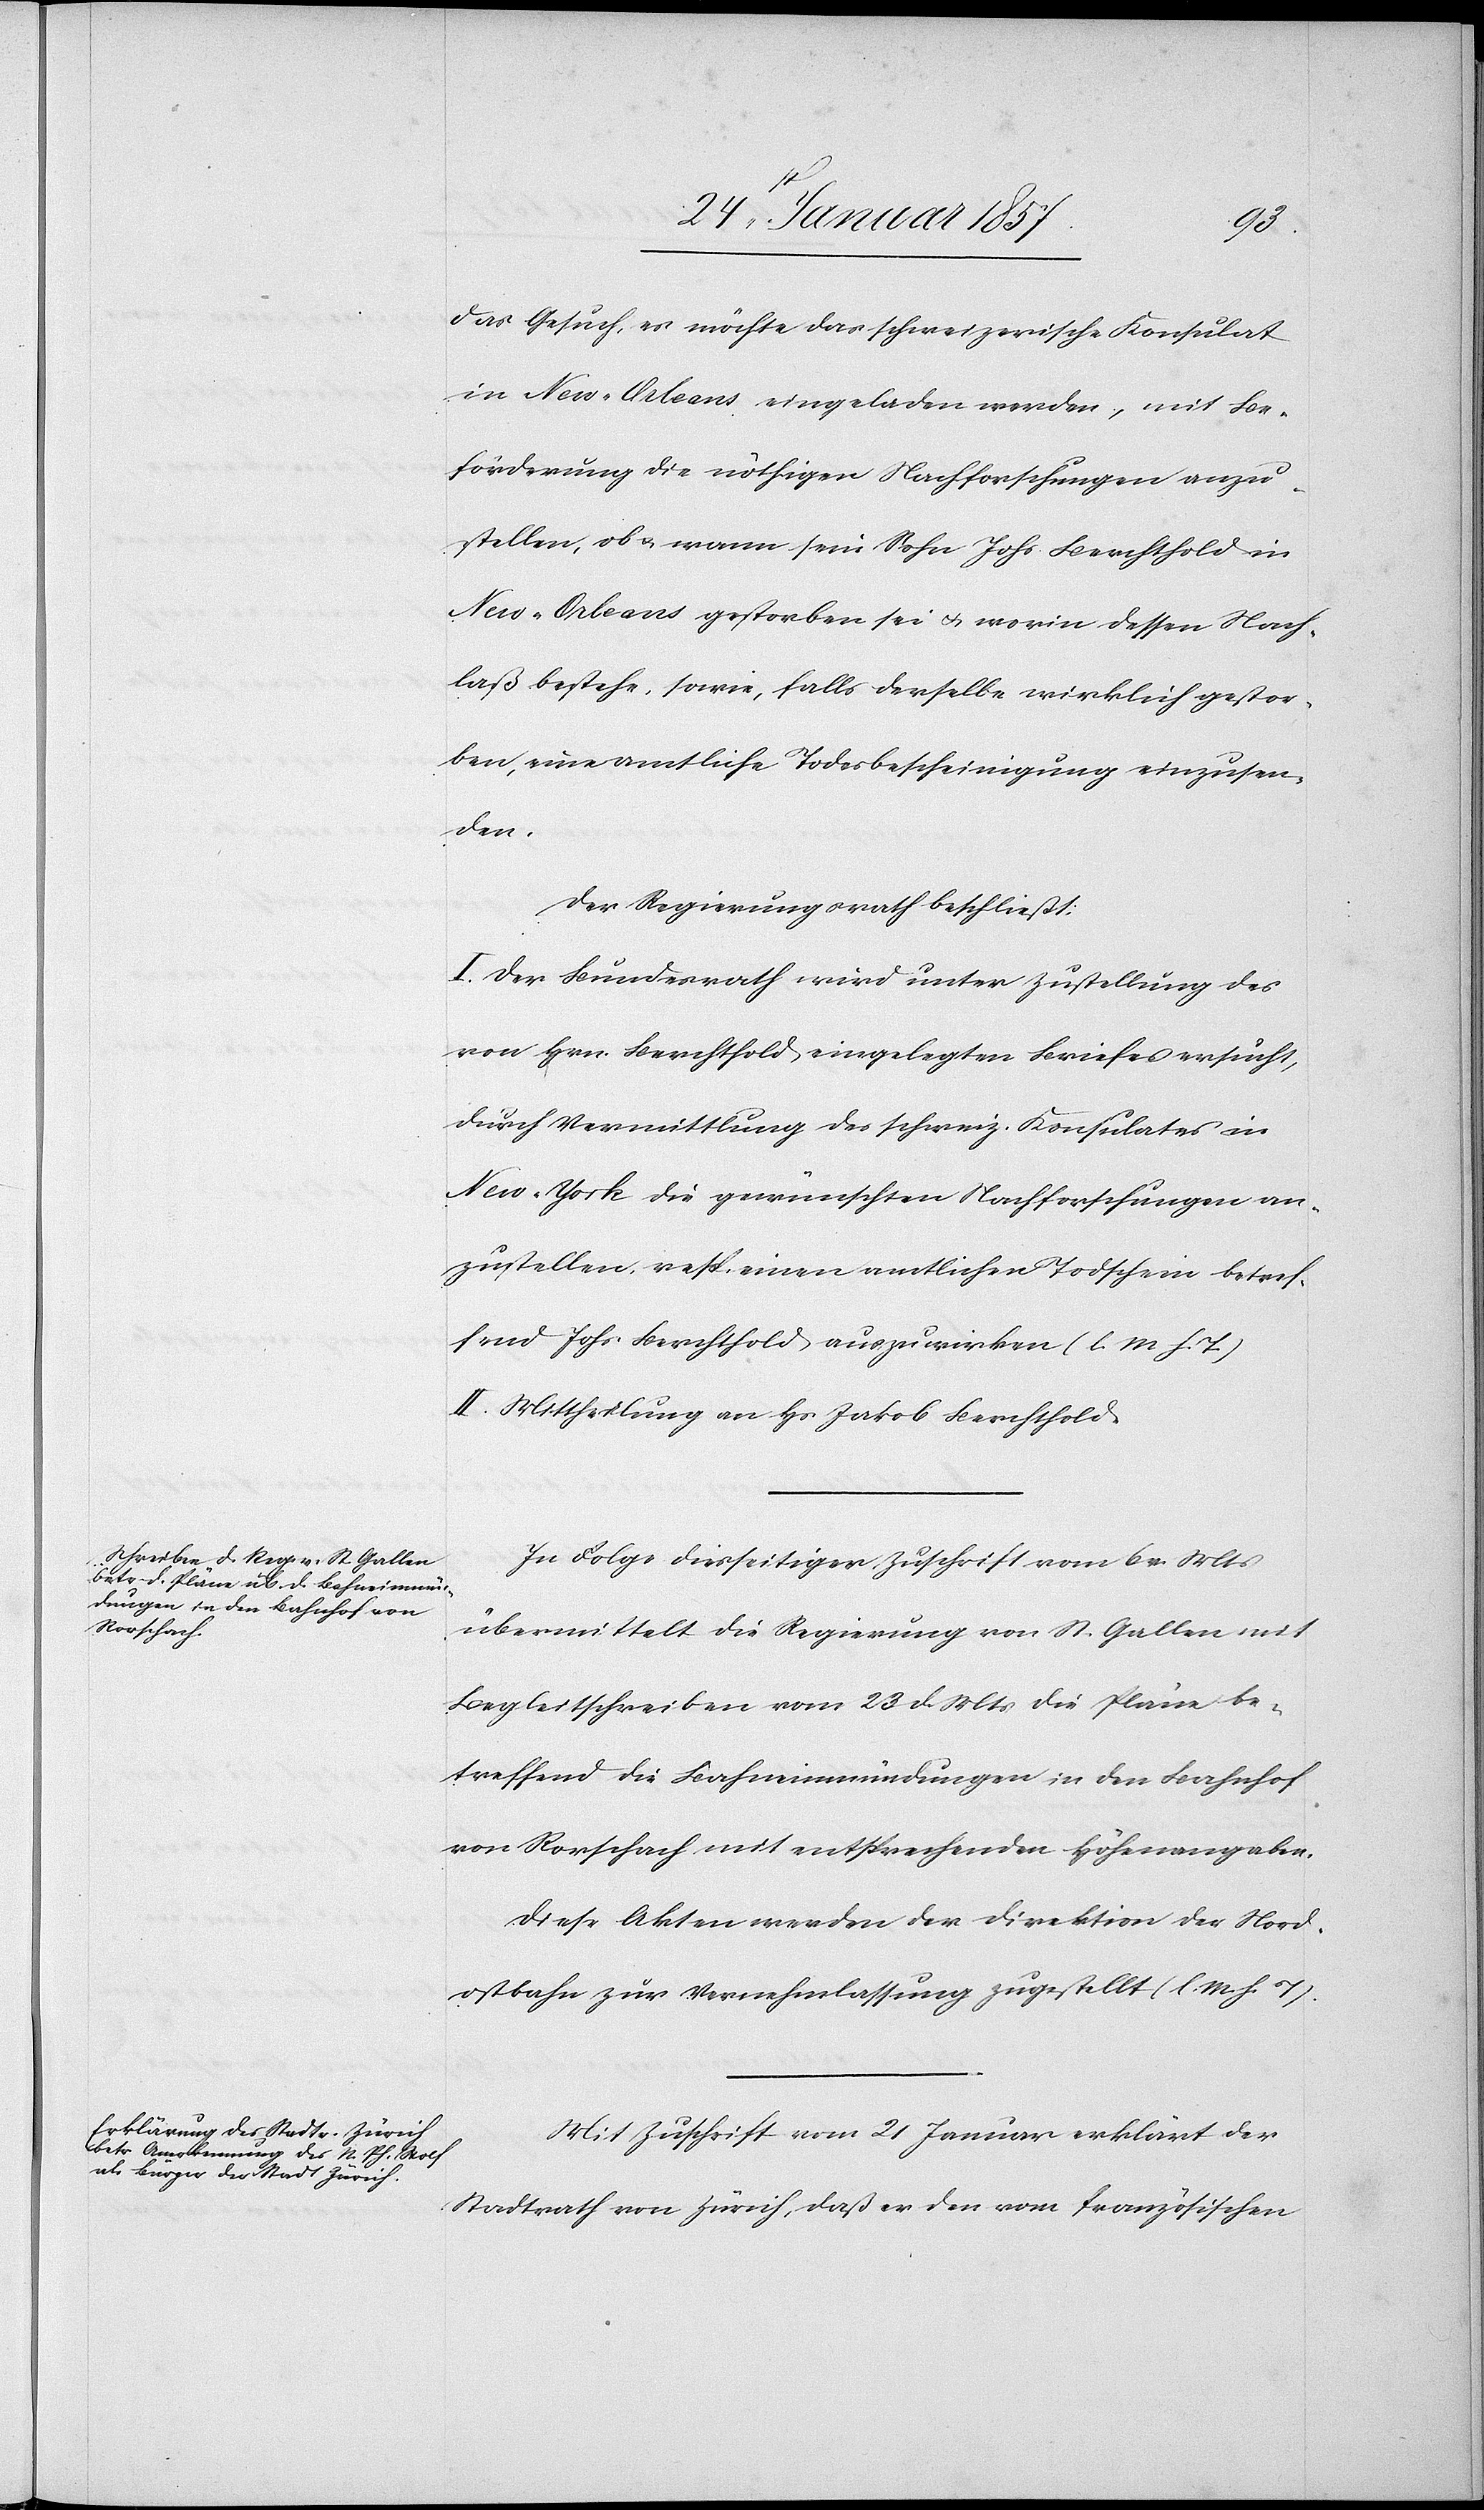
das Gesuch, es möchte das schweizerische Konsulat
in New-Orleans eingeladen werden, mit Be¬
förderung die nöthigen Nachforschungen anzu¬
stellen, ob & warum sein Sohn Johs. Berchthold in
New- Orleans gestorben sei & worin dessen Nach¬
laß bestehe, sowie, falls derselbe wirklich gestor¬
ben, eine amtliche Todesbescheinigung einzusen¬
den.
Der Regierungsrath beschließt:
I. Der Bundesrath wird unter Zustellung des
von Hrn. Berchthold eingelegten Briefes ersucht,
durch Vermittlung des schweiz. Konsulates in
New-York die gewünschten Nachforschungen an¬
zustellen, resp. einen amtlichen Todschein betref¬
fend Johs. Berchthold auszuwirken (l. M h. T)
II. Mittheilung an Hs Jakob Berchthold.
In Folge diesseitiger Zuschrift vom 6 v. Mts
übermittelt die Regierung von St. Gallen mit
Begleitschreiben vom 23 d. Mts die Pläne be¬
treffend die Bahneinmündungen in den Bahnhof
von Rorschach mit entsprechenden Höhenangaben.
Diese Akten werden der Direktion der Nord¬
ostbahn zur Vernehmlassung zugestellt (l. M. h. T).
Mit Zuschrift vom 21 Januar erklärt der
Stadtrath von Zürich, daß an den vom französischen